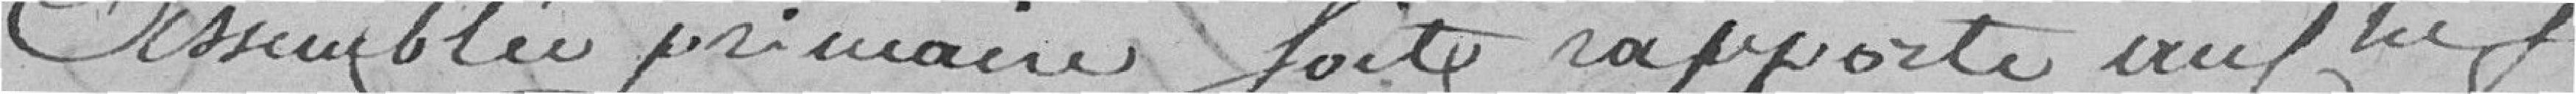
assemblée primaire soit rapporté au chef